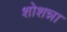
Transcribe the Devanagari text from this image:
शोशन्ना